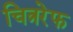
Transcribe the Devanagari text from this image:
चित्ररेफ